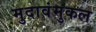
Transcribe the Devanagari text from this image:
मुदावंमुकल